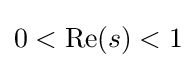
{\textstyle 0<\operatorname {Re} (s)<1}